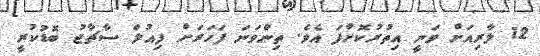
12 ލާރިއަށް ވަނީ އިތުރުކޮށްފަ އެވެ. ތިންވަނަ ފަހަރަށް ފިއުލް ސާޗާޖު ބޮޑުކުރީ